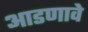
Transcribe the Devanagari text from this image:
आडणावे